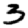
Digit: 3